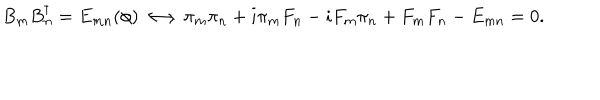
B _ { m } B _ { n } ^ { \dagger } = E _ { m n } ( \phi ) \longleftrightarrow \pi _ { m } \pi _ { n } + i \pi _ { m } F _ { n } - i F _ { m } \pi _ { n } + F _ { m } F _ { n } - E _ { m n } = 0 .